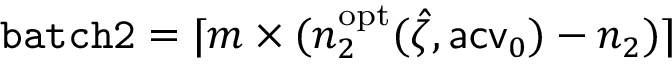
\mathtt { b a t c h 2 } = \lceil m \times ( n _ { 2 } ^ { \mathrm { o p t } } ( \hat { \zeta } , \mathsf { a c v } _ { 0 } ) - n _ { 2 } ) \rceil